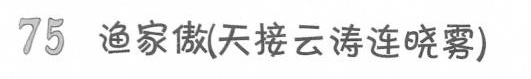
75 渔家傲(天接云涛连晓雾)